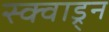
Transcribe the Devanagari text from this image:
स्क्वाड्र्न